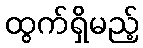
ထွက်ရှိမည့်